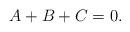
LaTeX: \begin{align*}A + B + C = 0.\end{align*}